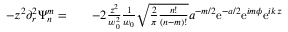
\begin{array} { r l r } { - z ^ { 2 } \partial _ { r } ^ { 2 } \Psi _ { n } ^ { m } = } & { { } } & { - 2 \frac { z ^ { 2 } } { w _ { 0 } ^ { 2 } } \frac { 1 } { w _ { 0 } } \sqrt { \frac { 2 } { \pi } \frac { n ! } { ( n - m ) ! } } a ^ { - m / 2 } \mathrm { e } ^ { - a / 2 } \mathrm { e } ^ { i m \phi } \mathrm { e } ^ { i k z } } \end{array}